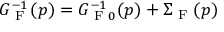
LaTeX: G _ { \textrm { F } } ^ { - 1 } ( p ) = G _ { \textrm { F } 0 } ^ { - 1 } ( p ) + \Sigma _ { \textrm { F } } ( p )